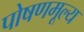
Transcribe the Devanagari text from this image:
पोषणमूल्य